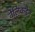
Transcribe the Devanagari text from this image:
वेलिकडेन